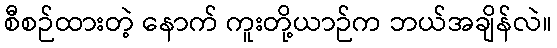
စီစဉ်ထားတဲ့ နောက် ကူးတို့ယာဉ်က ဘယ်အချိန်လဲ။